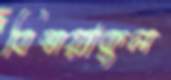
বিস্ময়াকুল